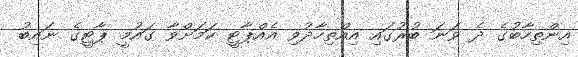
އިންތިހާބުގެ ދެ ވަނަ ބުރުގައި އިއްތިހާދުވި އެއްޕާޓީ ކަމަށްވާ ގައުމީ ޕާޓީގެ ނައިބު